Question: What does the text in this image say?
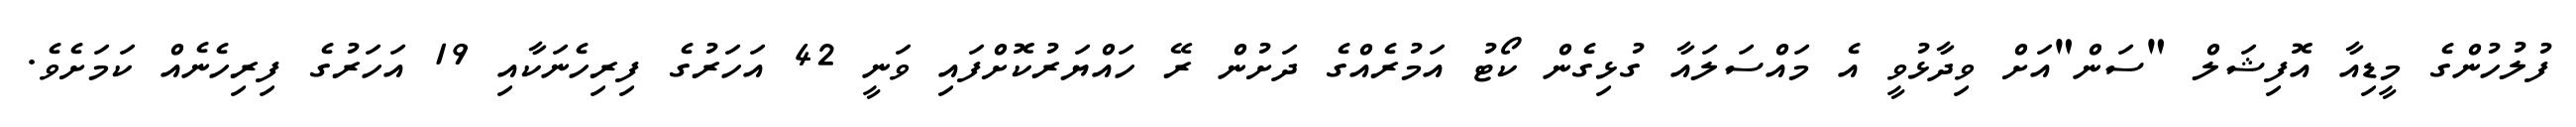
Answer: ފުލުހުންގެ މީޑިއާ އޮފިޝަލް "ސަން"އަށް ވިދާޅުވީ އެ މައްސަލައާ ގުޅިގެން ކޯޓު އަމުރެއްގެ ދަށުން ރޭ ހައްޔަރުކޮށްފައި ވަނީ 42 އަހަރުގެ ފިރިހެނަކާއި 19 އަހަރުގެ ފިރިހެނެއް ކަމަށެވެ.